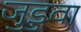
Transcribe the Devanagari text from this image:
जुडुवा